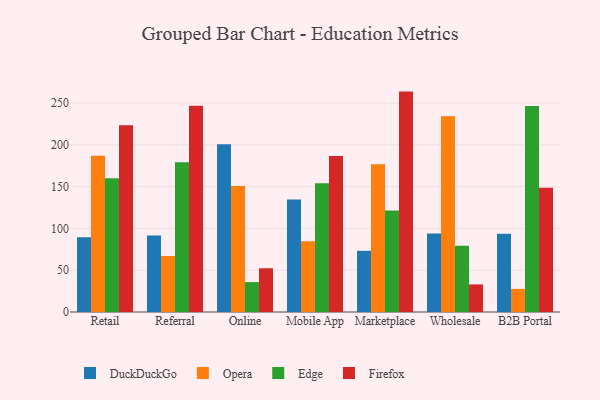
{"axis": {"x": "Channel", "y": "Latency (ms)"}, "legend": ["DuckDuckGo", "Edge", "Firefox", "Opera"], "data": [{"x": "Retail", "y": 89.5, "type": "DuckDuckGo"}, {"x": "Retail", "y": 186.8, "type": "Opera"}, {"x": "Retail", "y": 160.0, "type": "Edge"}, {"x": "Retail", "y": 223.4, "type": "Firefox"}, {"x": "Referral", "y": 91.4, "type": "DuckDuckGo"}, {"x": "Referral", "y": 67.0, "type": "Opera"}, {"x": "Referral", "y": 179.3, "type": "Edge"}, {"x": "Referral", "y": 246.9, "type": "Firefox"}, {"x": "Online", "y": 200.7, "type": "DuckDuckGo"}, {"x": "Online", "y": 150.9, "type": "Opera"}, {"x": "Online", "y": 35.8, "type": "Edge"}, {"x": "Online", "y": 52.3, "type": "Firefox"}, {"x": "Mobile App", "y": 134.7, "type": "DuckDuckGo"}, {"x": "Mobile App", "y": 84.6, "type": "Opera"}, {"x": "Mobile App", "y": 154.0, "type": "Edge"}, {"x": "Mobile App", "y": 186.7, "type": "Firefox"}, {"x": "Marketplace", "y": 73.2, "type": "DuckDuckGo"}, {"x": "Marketplace", "y": 176.8, "type": "Opera"}, {"x": "Marketplace", "y": 121.3, "type": "Edge"}, {"x": "Marketplace", "y": 263.7, "type": "Firefox"}, {"x": "Wholesale", "y": 93.9, "type": "DuckDuckGo"}, {"x": "Wholesale", "y": 234.2, "type": "Opera"}, {"x": "Wholesale", "y": 79.2, "type": "Edge"}, {"x": "Wholesale", "y": 33.0, "type": "Firefox"}, {"x": "B2B Portal", "y": 93.5, "type": "DuckDuckGo"}, {"x": "B2B Portal", "y": 27.6, "type": "Opera"}, {"x": "B2B Portal", "y": 246.5, "type": "Edge"}, {"x": "B2B Portal", "y": 148.8, "type": "Firefox"}]}